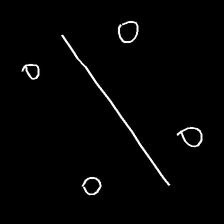
Glyph: cool